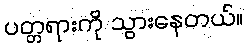
ပတ္တရားကို သွားနေတယ်။